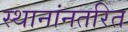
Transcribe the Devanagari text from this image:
स्थानांनतरित